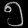
Digit: ၅